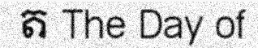
ត The Day of